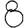
Digit: 8